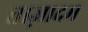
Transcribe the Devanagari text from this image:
ताज़ादम